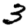
Digit: 3